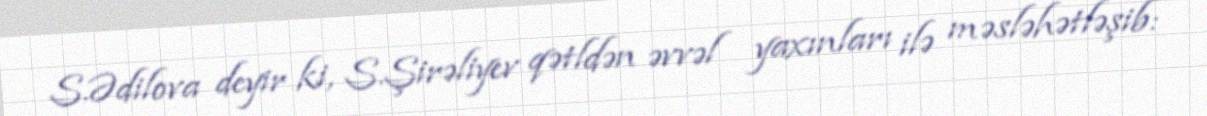
S.Ədilova deyir ki, S.Şirəliyev qətldən əvvəl yaxınları ilə məsləhətləşib: